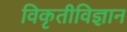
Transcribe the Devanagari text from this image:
विकृतीविज्ञान